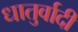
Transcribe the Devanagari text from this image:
धातुर्वादी